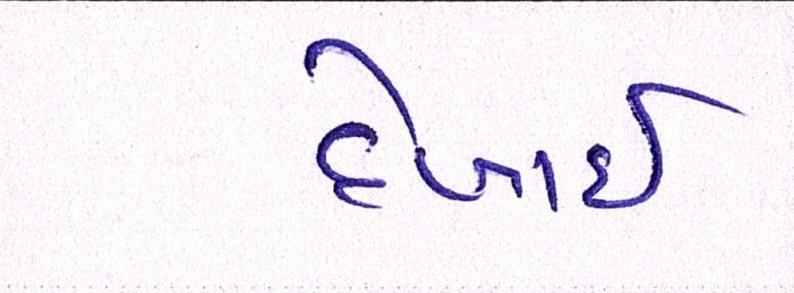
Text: દેખાઈ